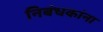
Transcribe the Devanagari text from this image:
निबंधकांना